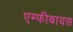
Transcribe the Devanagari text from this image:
एम्फीबायस